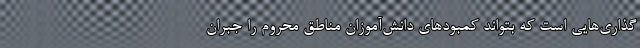
گذاری‌هایی است که بتواند کمبودهای دانش‌آموزان مناطق محروم را جبران